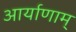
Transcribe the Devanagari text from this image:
आर्याणाम्